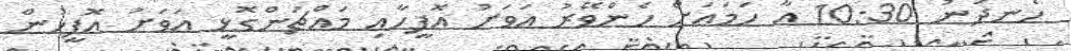
ހެނދުނު 10:30 އާ ހަމައަށް ހެންވޭރު އަވަށު އޮފީހާއި މައްޗަންގޮޅީ އަވަށު އޮފީހުން